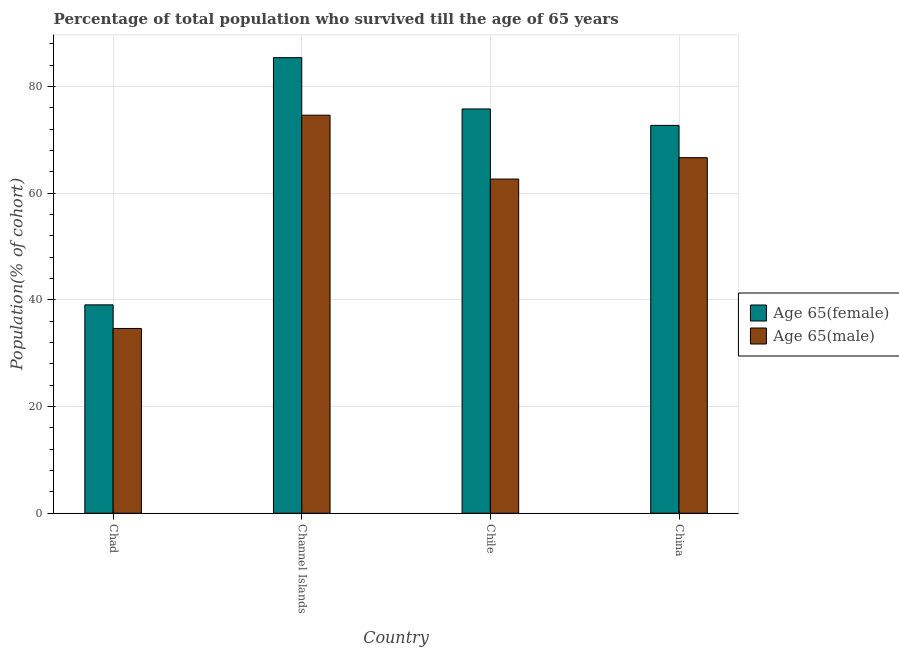
| Country | Age 65(female) | Age 65(male) |
 | --- | --- | --- |
 | Chad | 39.1 | 34.6 |
 | Channel Islands | 85.4 | 74.6 |
 | Chile | 75.8 | 62.7 |
 | China | 72.7 | 66.7 |